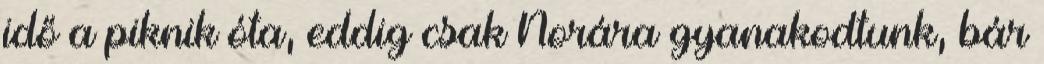
idő a piknik óta, eddig csak Norára gyanakodtunk, bár